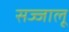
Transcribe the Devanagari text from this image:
सज्जालू